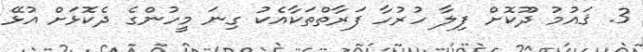
3. ޤައުމު ދޫކޮށް ފިލާ ހުރުހާ ފަރާތްތަކާއެކު ގިނަ މީހުންގެ ދެކޮޅަށް އުޅޭ